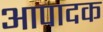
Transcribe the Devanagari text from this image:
आपादक